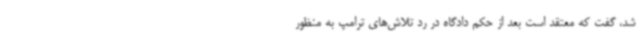
شد، گفت که معتقد است بعد از حکم دادگاه در رد تلاش‌های ترامپ به منظور